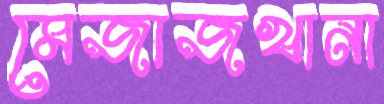
মেজাজখানা